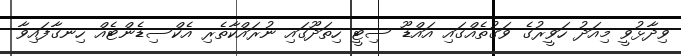
ވިދާޅުވީ މިއަދު ހަވީރުގެ ވަގުތެއްގައި އައްޑޫ ސިޓީ ހިތަދޫގައި ނުރައްކާތެރި އެކްސިޑެންޓެއް ހިނގާފައިވާ